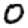
Digit: 0